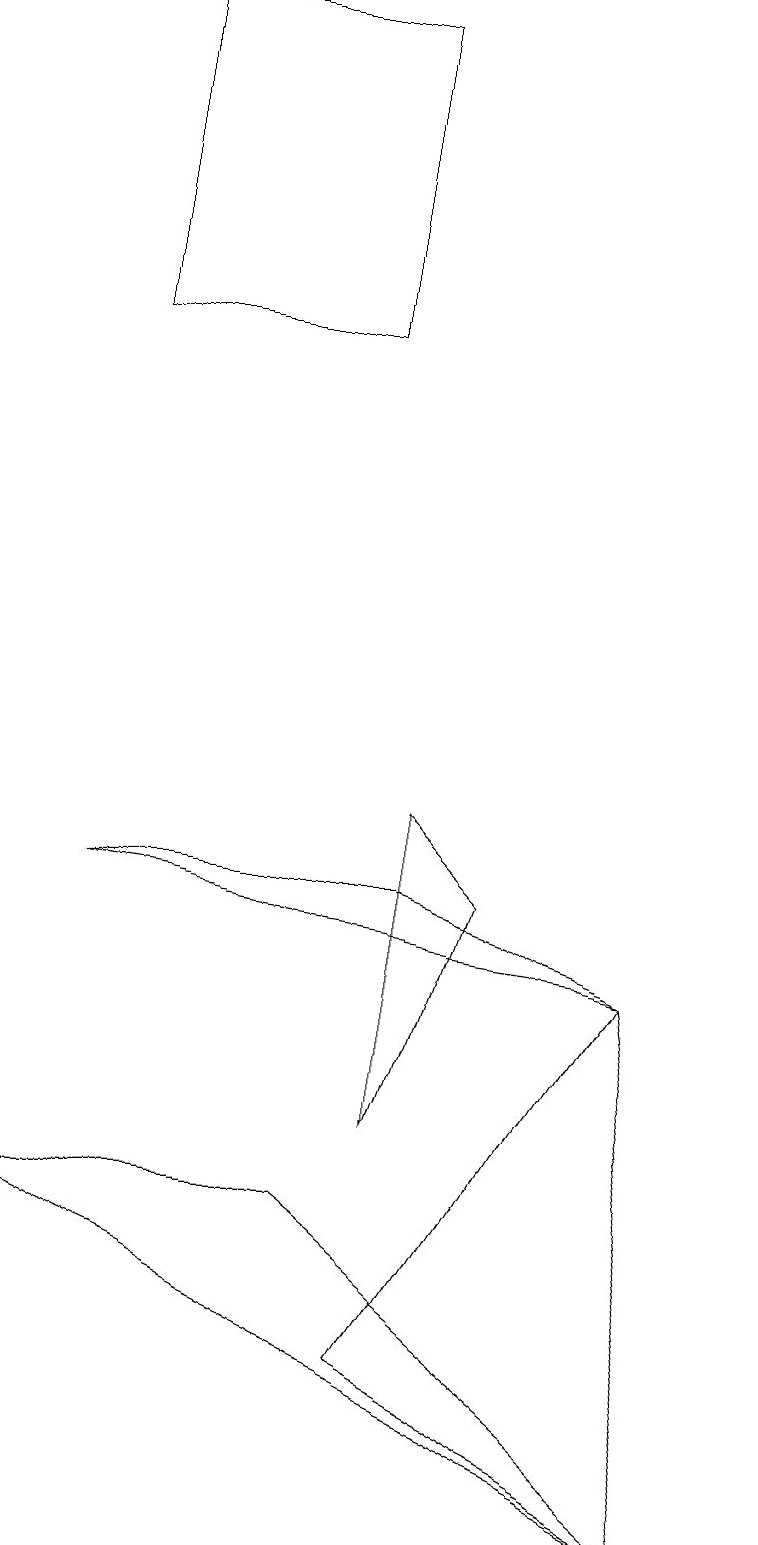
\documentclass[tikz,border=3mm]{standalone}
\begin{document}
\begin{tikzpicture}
\draw (1,19) rectangle (4,15);
\draw (6,8) -- (5,9) -- (5,5) -- cycle;
\draw (8,7) -- (5,2) -- (9,0) -- cycle;
\draw (9,0) -- (0,4) -- (4,4) -- cycle;
\draw (8,7) -- (1,8) -- (5,8) -- cycle;
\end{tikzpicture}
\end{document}